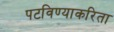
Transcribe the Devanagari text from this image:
पटविण्याकरिता